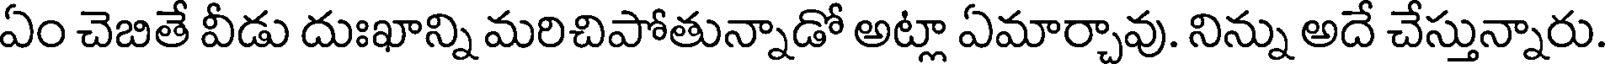
ఏం చెబితే వీడు దుఃఖాన్ని మరిచిపోతున్నాడో అట్లా ఏమార్చావు. నిన్ను అదే చేస్తున్నారు